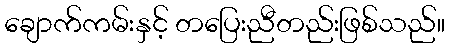
ချောက်ကမ်းနှင့် တပြေးညီတည်းဖြစ်သည်။